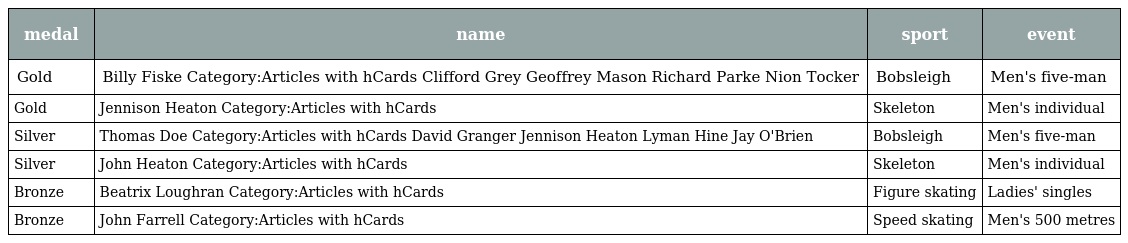
| medal | name | sport | event |
 | --- | --- | --- | --- |
 | Gold | Billy Fiske Category:Articles with hCards Clifford Grey Geoffrey Mason Richard Parke Nion Tocker | Bobsleigh | Men's five-man |
 | Gold | Jennison Heaton Category:Articles with hCards | Skeleton | Men's individual |
 | Silver | Thomas Doe Category:Articles with hCards David Granger Jennison Heaton Lyman Hine Jay O'Brien | Bobsleigh | Men's five-man |
 | Silver | John Heaton Category:Articles with hCards | Skeleton | Men's individual |
 | Bronze | Beatrix Loughran Category:Articles with hCards | Figure skating | Ladies' singles |
 | Bronze | John Farrell Category:Articles with hCards | Speed skating | Men's 500 metres |